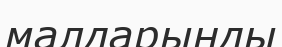
малдарыңды